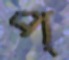
প্